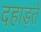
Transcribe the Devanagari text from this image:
दहाड़ते